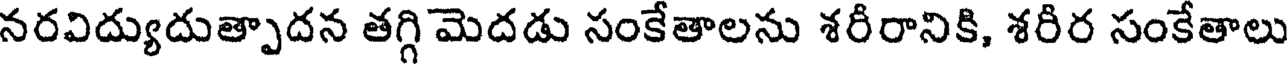
నరవిద్యుదుత్పాదన తగ్గి మెదడు సంకేతాలను శరీరానికి, శరీర సంకేతాలు